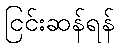
ငြင်းဆန်ရန်